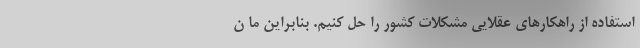
استفاده از راهکارهای عقلایی مشکلات کشور را حل کنیم. بنابراین ما ن